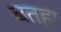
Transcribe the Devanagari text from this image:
बतहा